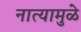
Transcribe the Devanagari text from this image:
नात्यामुळे